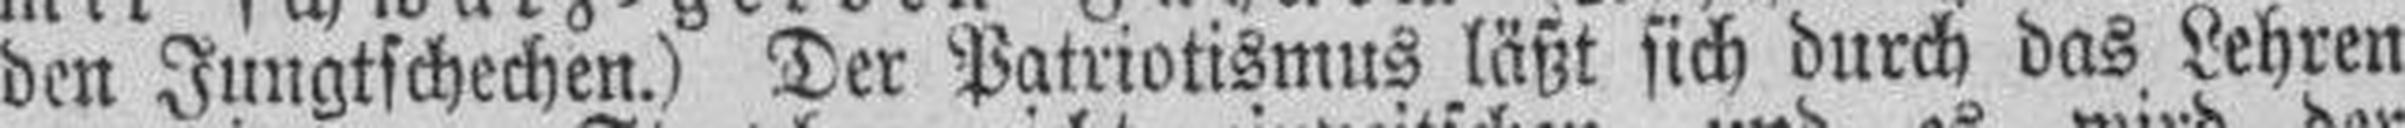
den Jungtschechen.) Der Patriotismus läßt sich durch das Lehren